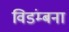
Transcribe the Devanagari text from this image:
विडंम्बना